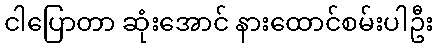
ငါပြောတာ ဆုံးအောင် နားထောင်စမ်းပါဦး